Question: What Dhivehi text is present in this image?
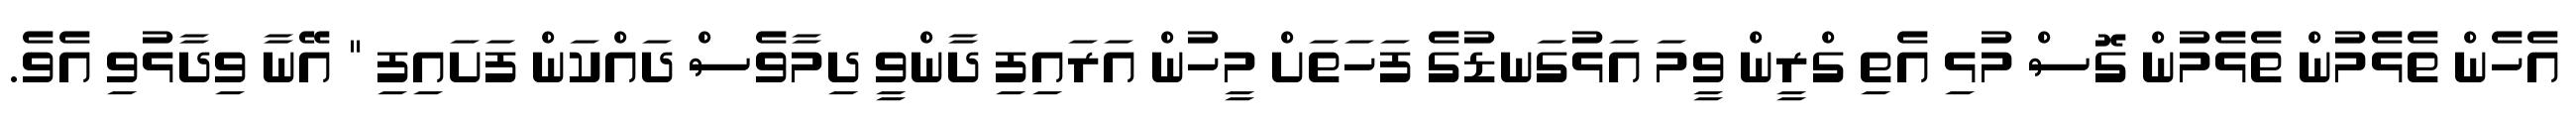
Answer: އެހެން ތެޅެމުން ތެޅެމުން ގޮސް މުޅި އެތި ގްރީން ވީމަ އަޅުގަނޑުގެ ފަހަތަށް މީހުން އަރައިފި ދާންވީ ދިމާވެސް ދައްކަން ފަށައިފި " އޭނާ ވިދާޅުވި އެވެ.